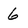
Character: 6